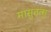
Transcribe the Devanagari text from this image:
मासुतत्सु